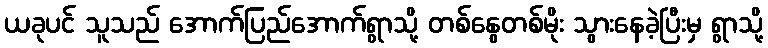
ယခုပင် သူသည် အောက်ပြည်အောက်ရွာသို့ တစ်နွေတစ်မိုး သွားနေခဲ့ပြီးမှ ရွာသို့